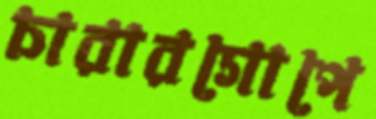
চারারগোপে